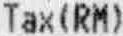
TAX(RM)